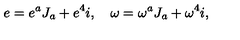
e = e ^ { a } J _ { a } + e ^ { 4 } i , \quad \omega = \omega ^ { a } J _ { a } + \omega ^ { 4 } i ,